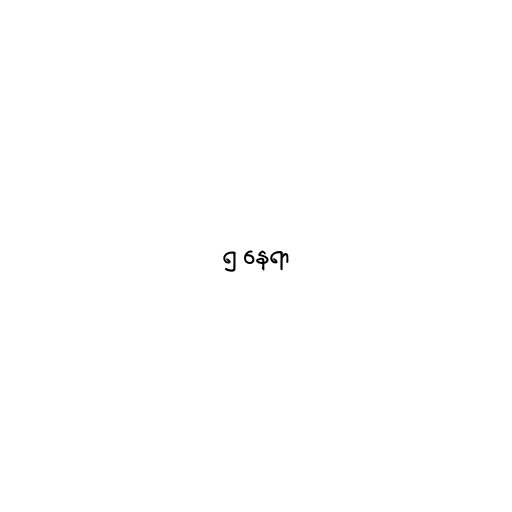
၅ နေရာ